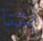
بتنا